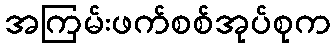
အကြမ်းဖက်စစ်အုပ်စုက